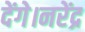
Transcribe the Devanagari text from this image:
देंगे।नरेंद्र